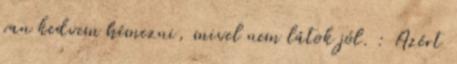
van kedvem hímezni, mivel nem látok jól. : Azért